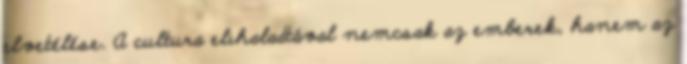
elvetélése. A cultura elıhaladtával nemcsak az emberek, hanem az